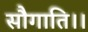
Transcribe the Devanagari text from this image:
सौगाति।।